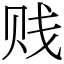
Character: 贱